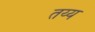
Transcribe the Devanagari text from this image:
तय्य